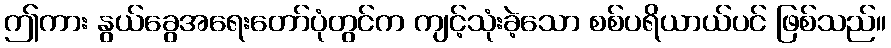
ဤကား နွယ်ခွေအရေးတော်ပုံတွင်က ကျင့်သုံးခဲ့သော စစ်ပရိယာယ်ပင် ဖြစ်သည်။